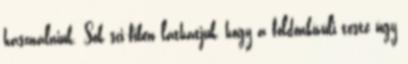
használniuk. Sok sci-fiben láthatjuk, hogy a földönkívüli teste úgy